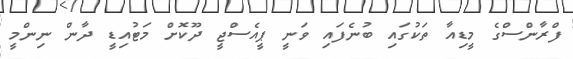
ފްރާންސްގެ މީޑިއާ ތަކުގައި ބުނެފައި ވަނީ ޕީއެސްޖީ ދޫކޮށް މަޓުއިޑީ ދާން ނިންމީ